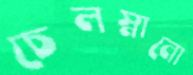
চেলস্নানো